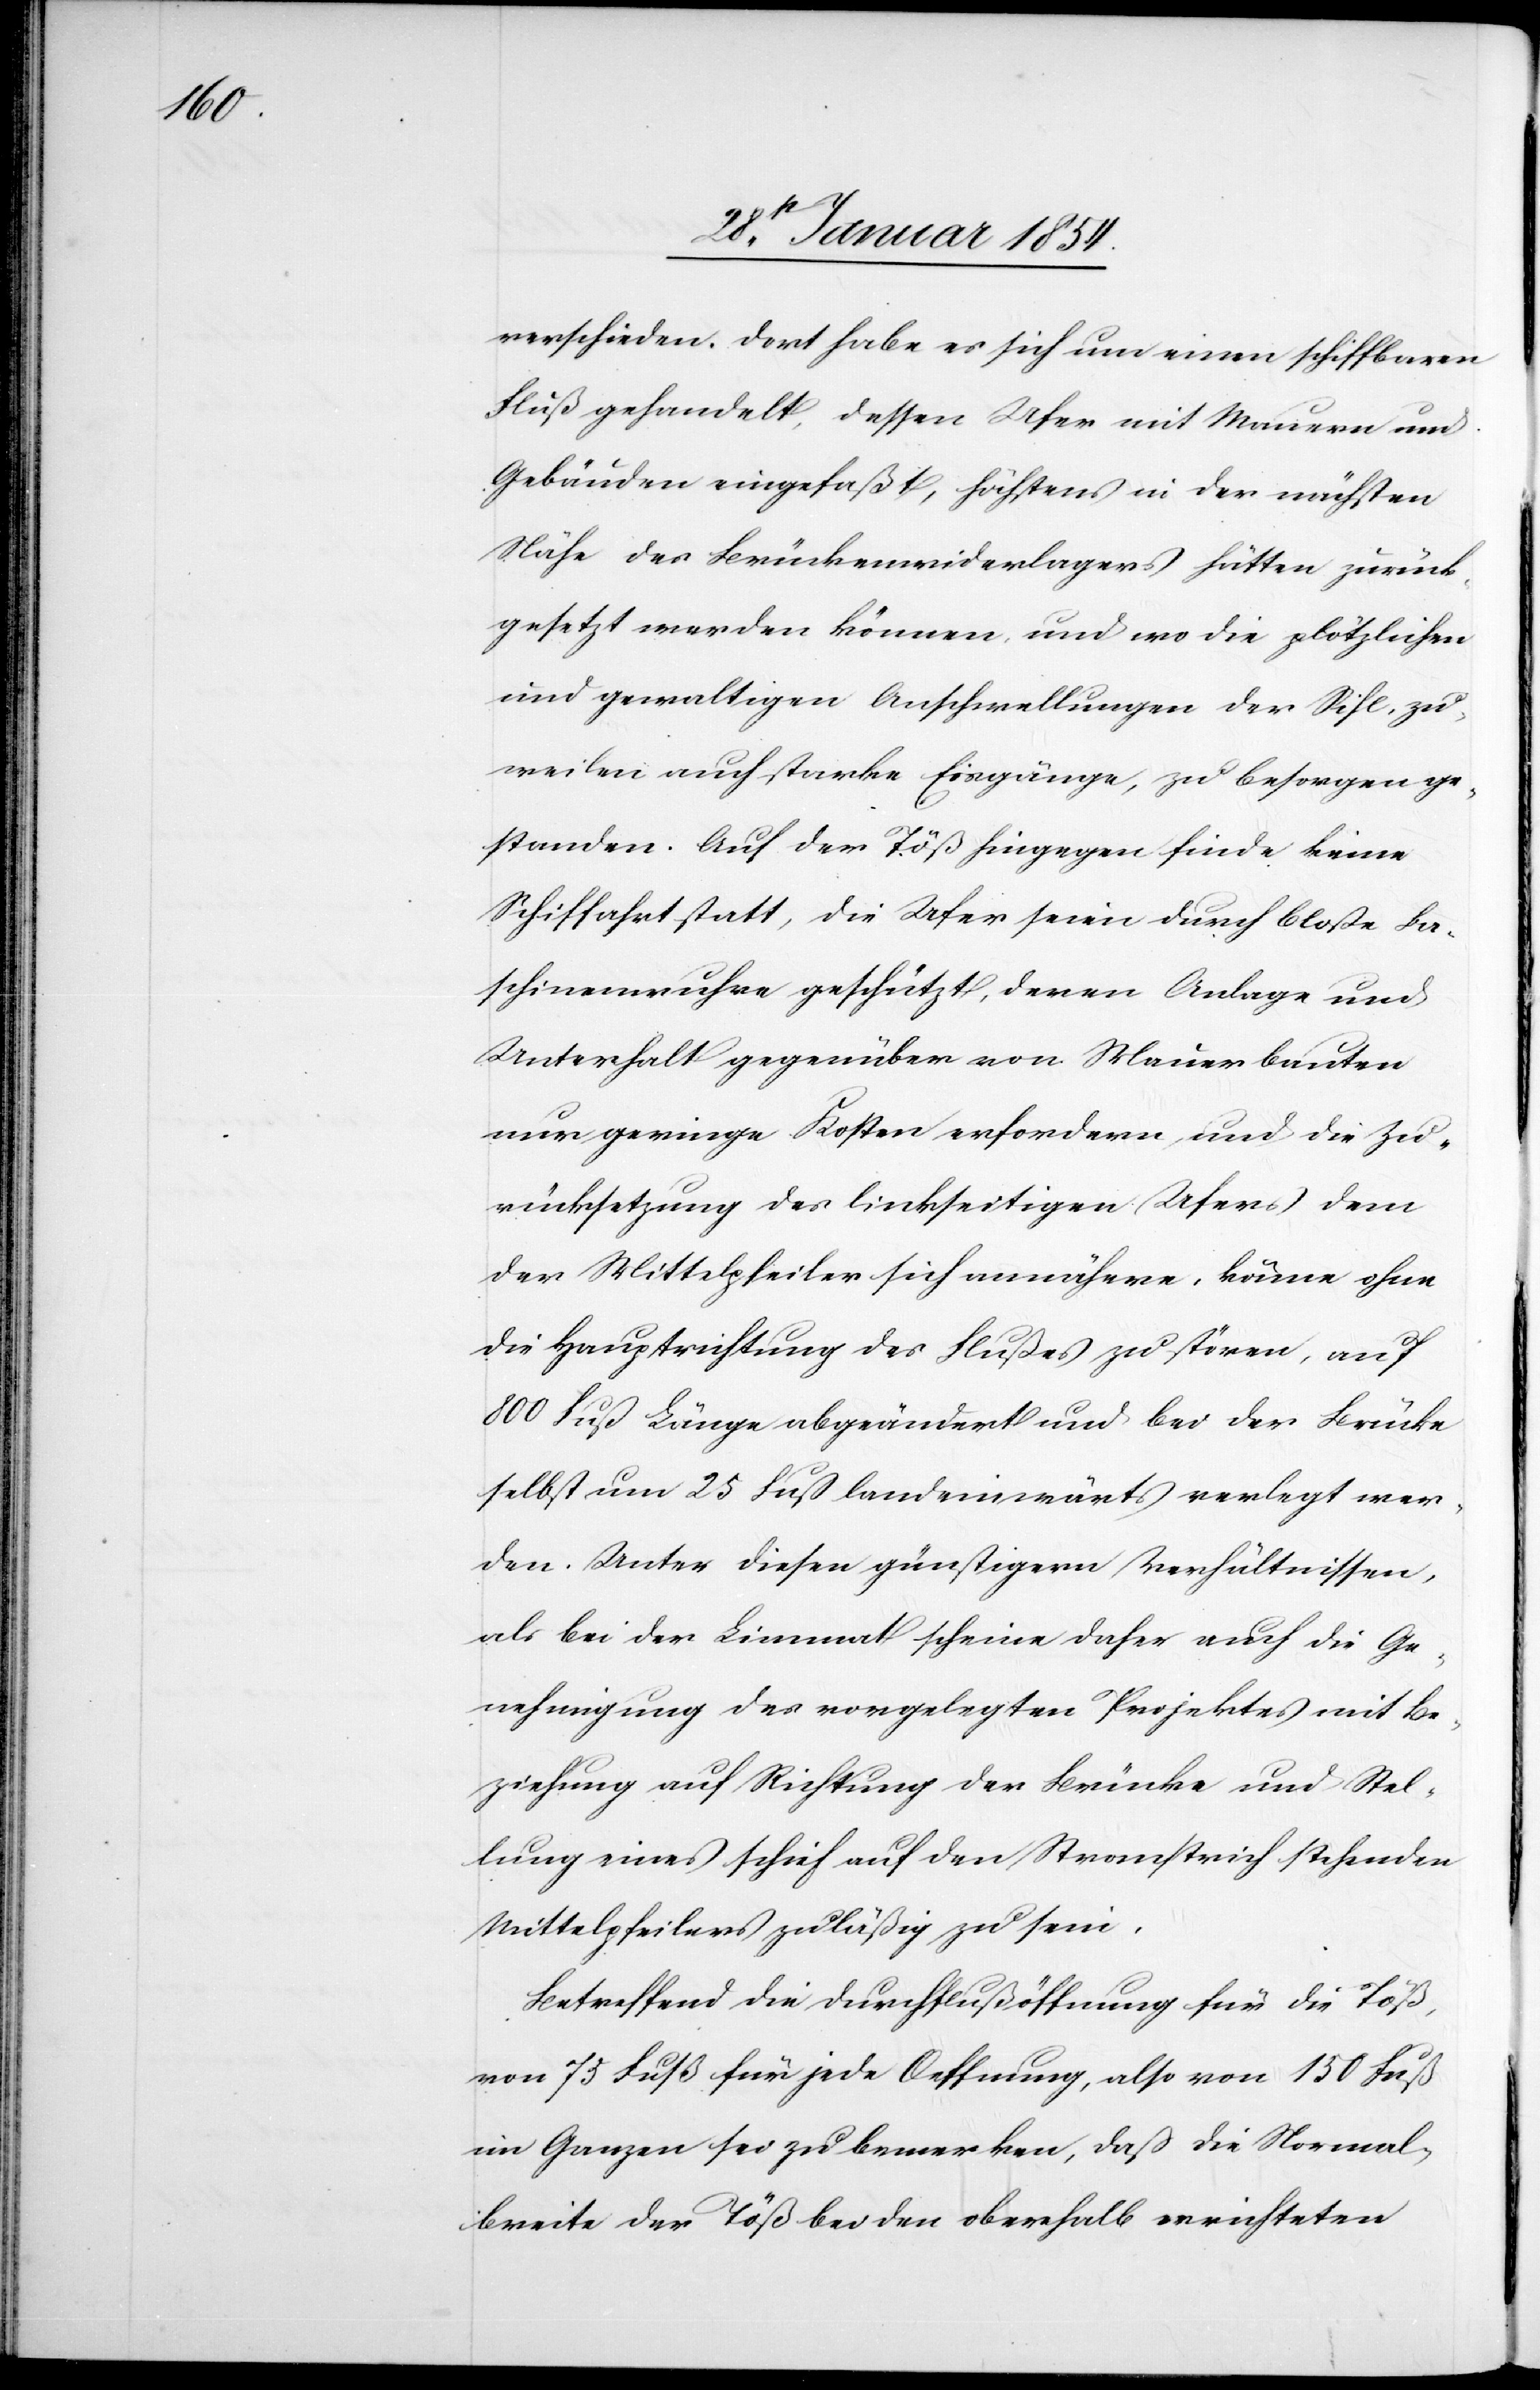
verschieden. Dort habe es sich um einen schiffbaren
Fluß gehandelt, dessen Ufer mit Mauern und
Gebäuden eingefaßt, höchstens in der nächsten
Nähe des Brückenwiderlagers hätten zurück¬
gesetzt werden können, und wo die plötzlichen
und gewaltigen Anschwellungen der Sihl, zu¬
weilen auch starke Eisgänge, zu besorgen ge¬
standen. Auf der Töß hingegen finde keine
Schiffahrt statt, die Ufer seien durch bloße Ba¬
schinenwuhre geschützt, deren Anlage und
Unterhalt gegenüber von Mauerbauten
nur geringe Kosten erfordern und die Zu¬
rücksetzung des linkseitigen Ufers dem
der Mittelpfeiler sich annähere, könne ohne
die Hauptrichtung des Flußes zu stören, auf
800 Fuß Länge abgeändert und bei der Brücke
selbst um 25 Fuß landeinwärts verlegt wer¬
den. Unter diesen günstigern Verhältnissen,
als bei der Limmat scheine daher auch die Ge¬
nehmigung des vorgelegten Projektes mit Be¬
ziehung auf Richtung der Brücke und Stel¬
lung eines schief auf den Stromstrich stehenden
Mittelpfeilers zuläßig zu sein.
Betreffend die Durchflußöffnung für die Töß,
von 75 Fuß für jede Oeffnung, also 150 Fuß
im Ganzen sei zu bemerken, daß die Normal¬
breite der Töß bei den oberhalb errichteten